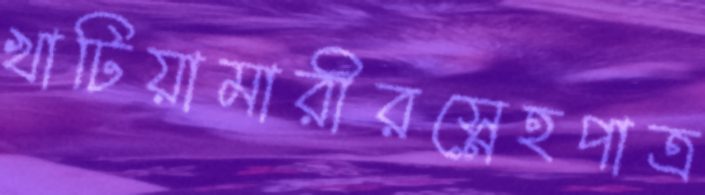
খাটিয়ামারীরস্নেহপাত্র